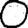
Digit: 0